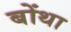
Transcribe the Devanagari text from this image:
बोंथा